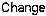
CHANGE